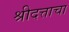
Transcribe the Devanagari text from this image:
श्रीदत्ताचा